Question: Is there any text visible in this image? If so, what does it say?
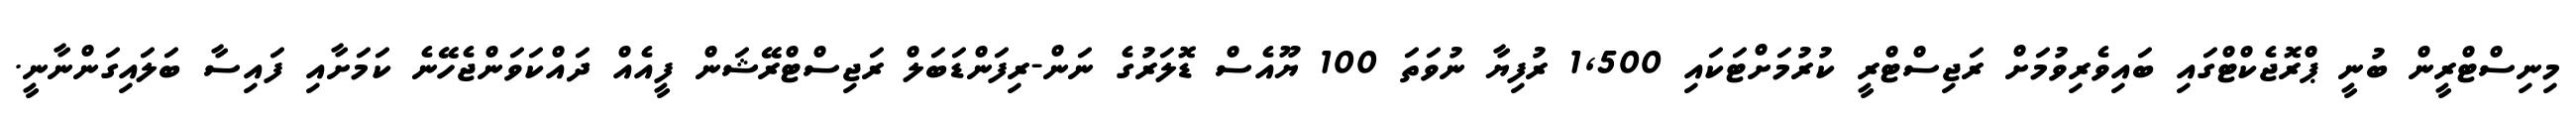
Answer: މިނިސްޓްރީން ބުނީ ޕްރޮޖެކްޓްގައި ބައިވެރިވުމަށް ރަޖިސްޓްރީ ކުރުމަށްޓަކައި 1,500 ރުފިޔާ ނުވަތަ 100 ޔޫއެސް ޑޮލަރުގެ ނަން-ރިފަންޑަބަލް ރަޖިސްޓްރޭޝަން ފީއެއް ދައްކަވަންޖެހޭނެ ކަމަށާއި ފައިސާ ބަލައިގަންނާނީ.